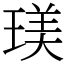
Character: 𤧞